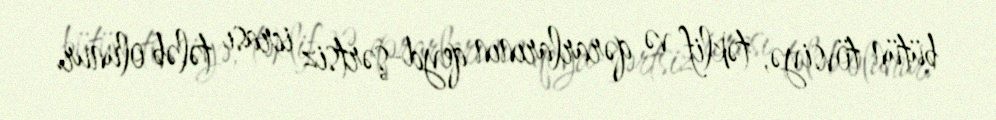
bütün tövsiyə, təklif və qərarlarının qeyd-şərtsiz icrası tələb olunur.